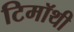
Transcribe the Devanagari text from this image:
टिमॉथी